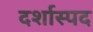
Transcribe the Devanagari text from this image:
दर्शास्पद